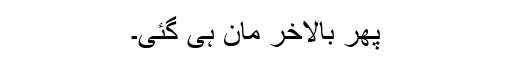
پھر بالآخر مان ہی گئی۔